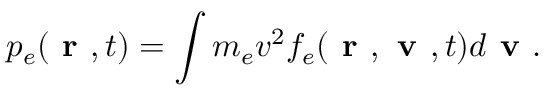
p _ { e } ( \textbf { r } , t ) = \int m _ { e } v ^ { 2 } f _ { e } ( \textbf { r } , \textbf { v } , t ) d \textbf { v } .